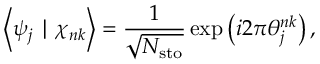
\left\langle \psi _ { j } \mid \chi _ { n k } \right\rangle = \frac { 1 } { \sqrt { N _ { \mathrm { s t o } } } } \exp \left( i 2 \pi \theta _ { j } ^ { n k } \right) ,